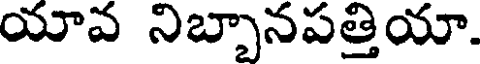
యావ నిబ్బానపత్తియా.